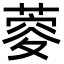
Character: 𦶨